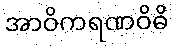
အာဝိကရဏဝိဓိ